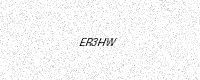
Text: ER3HW